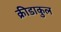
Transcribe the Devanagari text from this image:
क्रीडाकुल